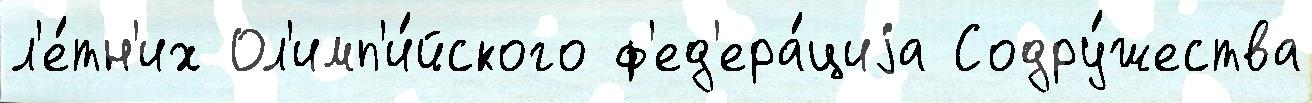
л'е́тн'их Ол'имп'и́йского ф'ед'ера́циjа Содру́жества